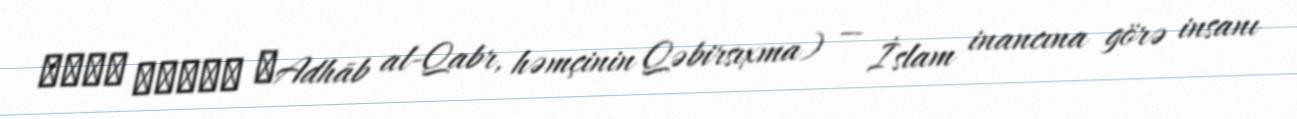
عذاب القبر ʿAdhāb al-Qabr, həmçinin Qəbirsıxma) — İslam inancına görə insanı